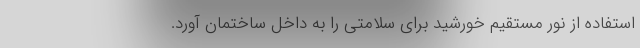
استفاده از نور مستقیم خورشید برای سلامتی را به داخل ساختمان آورد.